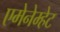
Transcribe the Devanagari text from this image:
एमेनेम्हेट